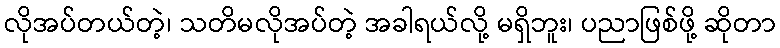
လိုအပ်တယ်တဲ့၊ သတိမလိုအပ်တဲ့ အခါရယ်လို့ မရှိဘူး၊ ပညာဖြစ်ဖို့ ဆိုတာ